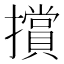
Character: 𭣁